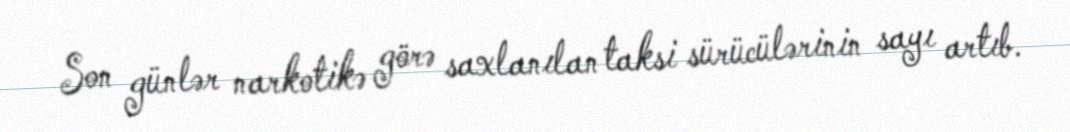
Son günlər narkotikə görə saxlanılan taksi sürücülərinin sayı artıb.